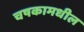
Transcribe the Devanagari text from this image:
चषकामधील